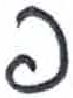
אות: פ